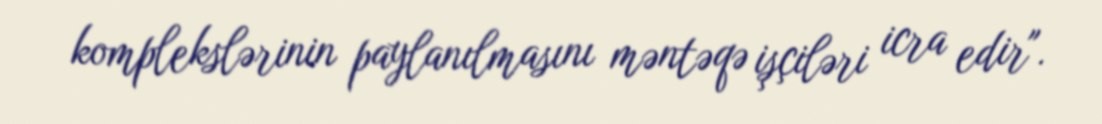
komplekslərinin paylanılmasını məntəqə işçiləri icra edir".